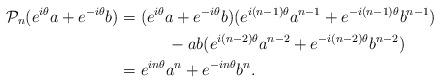
LaTeX: \begin{align*}\mathcal{P}_n(e^{i\theta}a+e^{-i\theta}b) &= (e^{i\theta}a+e^{-i\theta}b)(e^{i(n-1)\theta}a^{n-1}+e^{-i(n-1)\theta}b^{n-1})\\&\quad\quad\quad-ab(e^{i(n-2)\theta}a^{n-2}+e^{-i(n-2)\theta}b^{n-2})\\&= e^{in\theta}a^n + e^{-in\theta}b^n.\end{align*}